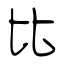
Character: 比